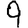
Digit: 9